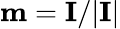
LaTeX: \mathbf{m}=\mathbf{I}/\vert\mathbf{I}\vert